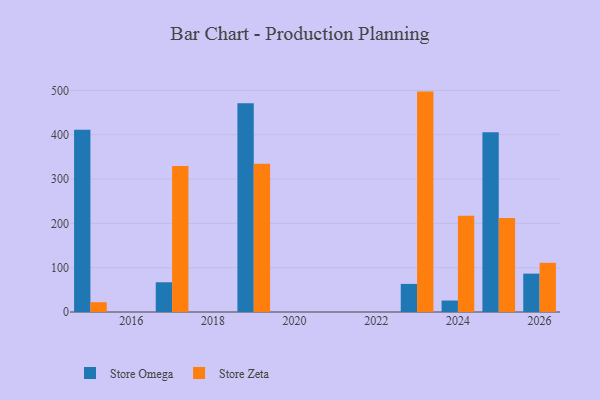
{"axis": {"x": "Year", "y": "Inventory Turnover"}, "legend": ["Store Omega", "Store Zeta"], "data": [{"x": "2017", "y": 67.1, "type": "Store Omega"}, {"x": "2017", "y": 329.5, "type": "Store Zeta"}, {"x": "2019", "y": 471.0, "type": "Store Omega"}, {"x": "2019", "y": 334.4, "type": "Store Zeta"}, {"x": "2024", "y": 25.9, "type": "Store Omega"}, {"x": "2024", "y": 217.0, "type": "Store Zeta"}, {"x": "2023", "y": 63.4, "type": "Store Omega"}, {"x": "2023", "y": 497.4, "type": "Store Zeta"}, {"x": "2015", "y": 411.1, "type": "Store Omega"}, {"x": "2015", "y": 22.1, "type": "Store Zeta"}, {"x": "2026", "y": 86.6, "type": "Store Omega"}, {"x": "2026", "y": 111.0, "type": "Store Zeta"}, {"x": "2025", "y": 405.9, "type": "Store Omega"}, {"x": "2025", "y": 212.2, "type": "Store Zeta"}]}